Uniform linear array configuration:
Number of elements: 4
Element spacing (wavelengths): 1
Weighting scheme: blackman
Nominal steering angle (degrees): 60
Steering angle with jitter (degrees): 61.084
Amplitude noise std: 0.05
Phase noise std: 0.05

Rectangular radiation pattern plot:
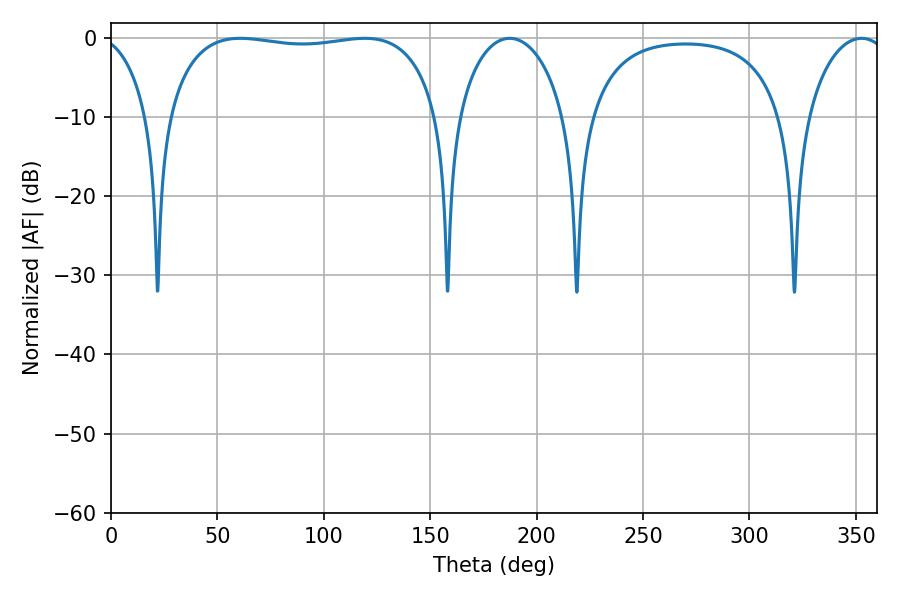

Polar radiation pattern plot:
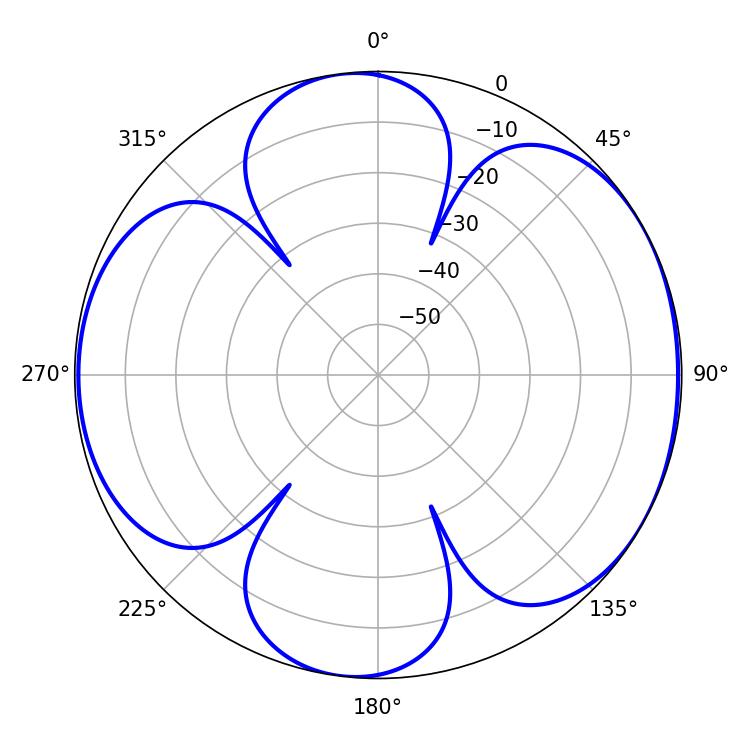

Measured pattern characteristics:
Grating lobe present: TRUE
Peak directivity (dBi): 6.207
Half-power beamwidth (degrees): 102.96
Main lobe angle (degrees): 60.66